Leaving Certificate Examination, 1920
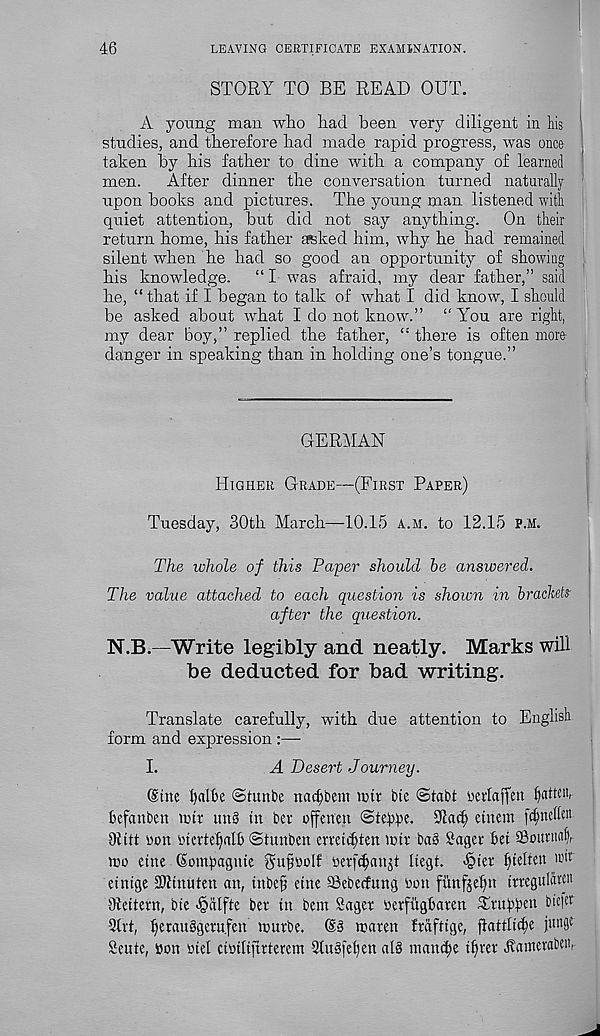
46
LEAVING CERTIFICATE EXAMINATION.
STORY TO BE READ OUT.
A young man who Rad been very diligent in Ms
studies, and therefore had made rapid progress, was once
taken by his father to dine with a company of learned
men.
After dinner the conversation turned naturally
upon books and pictures. The young man listened with
quiet attention, but did not say anything.
On their
return home, his father iffiked him, why he had remained
silent when he had so good an opportunity of showing
his knowledge.
“ I was afraid, my dear father,” said
he, “ that if I began to talk of what I did know, I should
be asked about what I do not know.” “ l r ou are right,
my dear boy,” replied the father, “ there is often more
danger in speaking than in holding one’s tongue.”
GERMAN
Higher Grade—(First Paper)
Tuesday, 30th March—10.15 a.m. to 12.15 p.m.
The whole of this Paper should be answered.
The value attached to each question is shown in brackets
after the question.
N.B.—Write legibly and neatly. Marks will
be deducted for bad writing.
Translate carefully, with due attention to English
form and expression :—
I.
A Desert Journey.
Sine
<5tunt>e nadjbem urn bte ©tab! mlaffett fatten,-
hefanben imr inty tit bet offenen ©tepbe. 91acf) etnem [dmelfa
Olitt toon totcrte^alb ©tunben emicfjtett nhv bag Sager bet SBoutmify
too etne (Sompagute Su^toolf toerf^anjt Itegt. >§ter ^teltett ".hr
eintge Sktnuten an, tubefi etne Sebecfung toott fvtnfje^n tttegulhcn
Dlettern, bte >§dlfte bet tn bem Sager toerfitgbaren Truppen btefer
Slrt, ^erattggeru.fen nutrbe. @g tnaren frafttge, flattlicpe jungf
Sente, toon totel cttotltjtrterem Slugfe^en alg tnatt^e t^irer Aatrterabett,